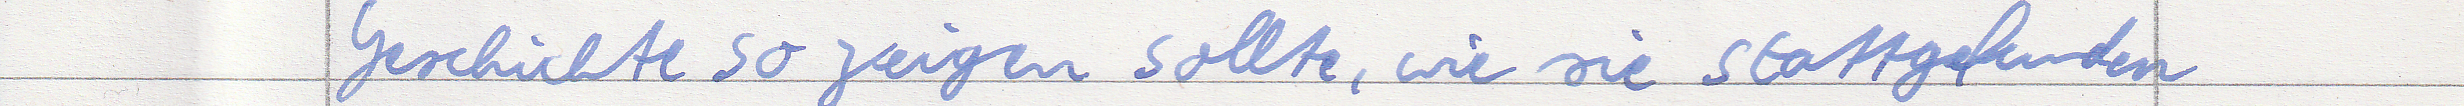
Geschichte so zeigen sollte, wie sie stattgefunden